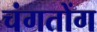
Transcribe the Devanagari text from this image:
चंगतोंग